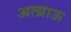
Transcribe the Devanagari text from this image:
अत्य्राऊ